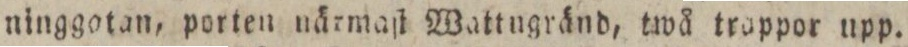
ninggotan, porten närmaſt Wattngränd, twå trappor upp.